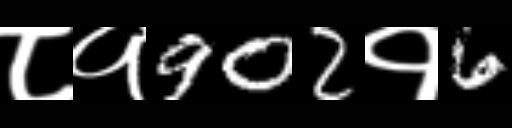
Text: ८१902१6